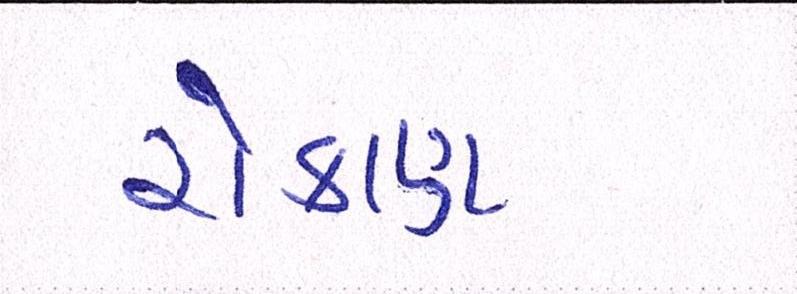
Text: રોકાણ